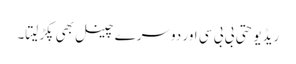
ریڈیو حتی بی بی سی اور دوسرے چینل بھی پکڑلیتا۔